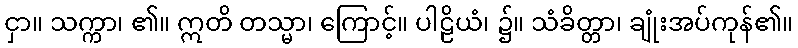
ငှာ။ သက္ကာ၊ ၏။ ဣတိ တသ္မာ၊ ကြောင့်။ ပါဠိယံ၊ ၌။ သံခိတ္တာ၊ ချုံးအပ်ကုန်၏။